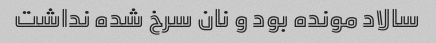
سالاد مونده بود و نان سرخ شده نداشت